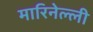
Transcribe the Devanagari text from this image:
मारिनेल्ली